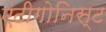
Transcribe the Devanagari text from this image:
एंटीगोनिस्ट